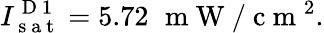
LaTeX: I_{\mathrm{~s~a~t~}}^{\mathrm{~D~1~}}=5.72\, \, \mathrm{~m~W~}/\mathrm{~c~m~}^{2}.